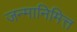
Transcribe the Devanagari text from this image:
जन्मानिमित्त